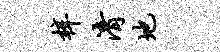
梓清地